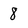
Character: 8